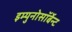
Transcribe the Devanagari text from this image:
इम्युनोसॉर्बेन्ट